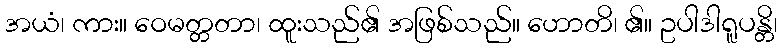
အယံ၊ ကား။ ဝေမတ္တတာ၊ ထူးသည်၏ အဖြစ်သည်။ ဟောတိ၊ ၏။ ဥပါဒါရူပန္တိ၊